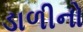
ડાળીનો